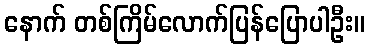
နောက် တစ်ကြိမ်လောက်ပြန်ပြောပါဦး။